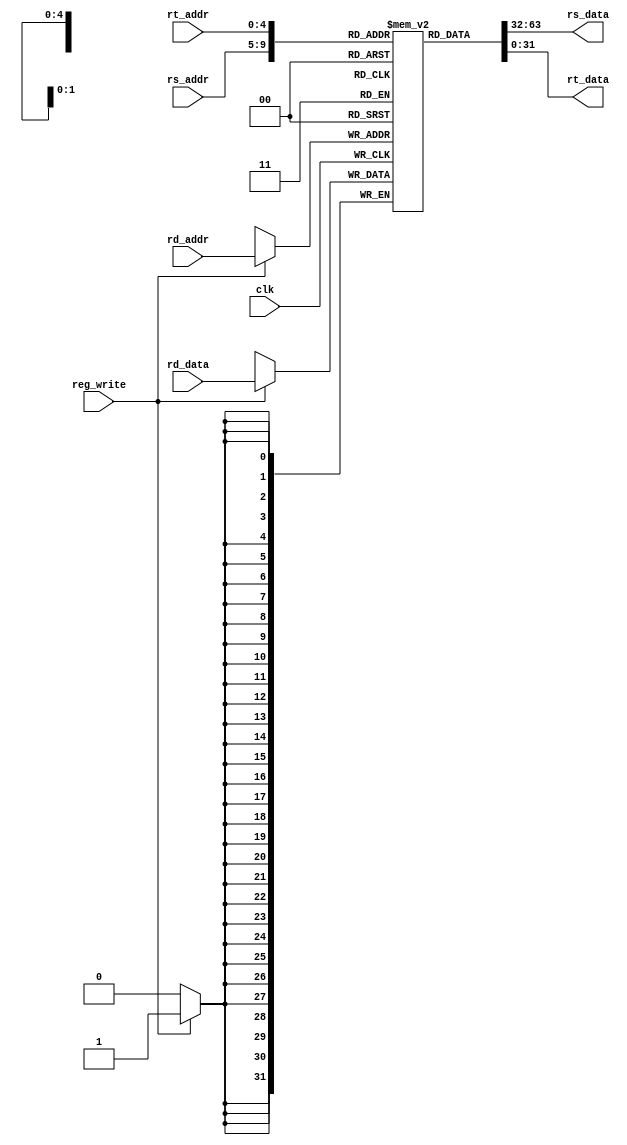
/*
 *	Template for Project 2 Part 3
 *	Copyright (C) 2022  Chen Chia Yi or any person belong ESSLab.
 *	All Right Reserved.
 *
 *	This program is free software: you can redistribute it and/or modify
 *	it under the terms of the GNU General Public License as published by
 *	the Free Software Foundation, either version 3 of the License, or
 *	(at your option) any later version.
 *
 *	This program is distributed in the hope that it will be useful,
 *	but WITHOUT ANY WARRANTY; without even the implied warranty of
 *	MERCHANTABILITY or FITNESS FOR A PARTICULAR PURPOSE.  See the
 *	GNU General Public License for more details.
 *
 *	You should have received a copy of the GNU General Public License
 *	along with this program.  If not, see <https://www.gnu.org/licenses/>.
 *
 *	This file is for people who have taken the cource (1102 Computer
 *	Organizarion) to use.
 *	We (ESSLab) are not responsible for any illegal use.
 *
 */
 
/*
 * Macro of size declaration of register memory
 * CAUTION: DONT MODIFY THE NAME AND VALUE.
 */
`define REG_MEM_SIZE	32	// Words

/*
 * Declaration of Register File for this project.
 * CAUTION: DONT MODIFY THE NAME.
 */
module RF(
	input [4:0] rs_addr,
	input [4:0] rt_addr,
	input [4:0] rd_addr,
	input [31:0] rd_data,
	input reg_write,
	input clk,
	output [31:0] rs_data,
	output [31:0] rt_data
);

	/* 
	 * Declaration of inner register.
	 * CAUTION: DONT MODIFY THE NAME AND SIZE.
	 */
	reg [31:0]R[0:`REG_MEM_SIZE - 1];

	assign rs_data = R[rs_addr];
	assign rt_data = R[rt_addr];

	always @(negedge clk)
	begin
		if (reg_write)
			R[rd_addr] <= rd_data;
	end

endmodule